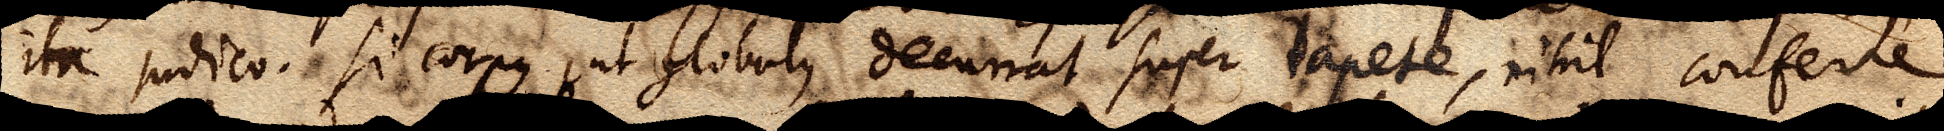
ita judico. Si corpus, ut globulus decurrat super tapete, nihil conferre